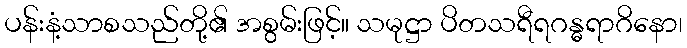
ပန်းနံ့သာစသည်တို့၏ အစွမ်းဖြင့်။ သမုဋ္ဌာ ပိတသရီရဂန္ဓရာဂိနော၊